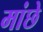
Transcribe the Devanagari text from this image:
मांछे